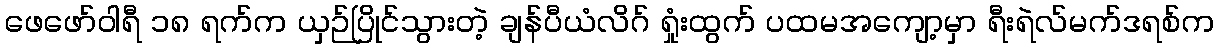
ဖေဖော်ဝါရီ ၁၈ ရက်က ယှဉ်ပြိုင်သွားတဲ့ ချန်ပီယံလိဂ် ရှုံးထွက် ပထမအကျော့မှာ ရီးရဲလ်မက်ဒရစ်က